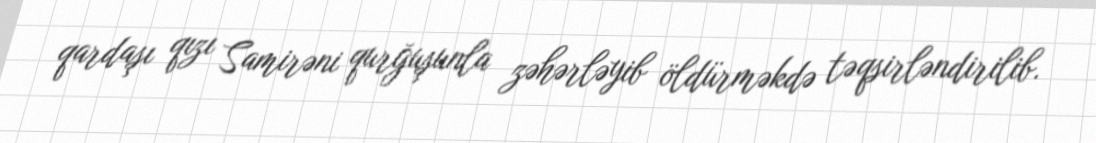
qardaşı qızı Samirəni qurğuşunla zəhərləyib öldürməkdə təqsirləndirilib.